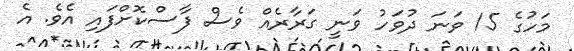
މަހުގެ 15 ވަނަ ދުވަހު ވަނީ ގަރާރެއް ވެސް ފާސްކޮށްފައި އެވެ. އެ